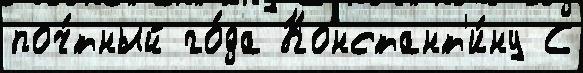
поч́тный го́да Констант'и́ну С